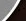
نسمعه